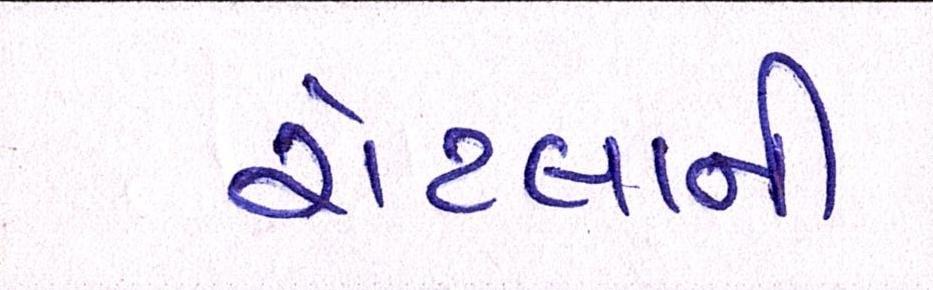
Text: રોટલાની